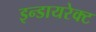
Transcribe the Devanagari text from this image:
इन्डायरेक्ट